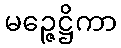
မဉ္ဇေဋ္ဌိကာ